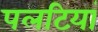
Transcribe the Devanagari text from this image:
पलटियां